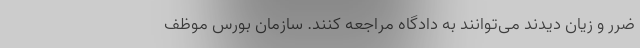
ضرر و زیان دیدند می‌توانند به دادگاه مراجعه کنند. سازمان بورس موظف